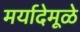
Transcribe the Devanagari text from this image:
मर्यादेमूळे